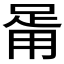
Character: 𤰉